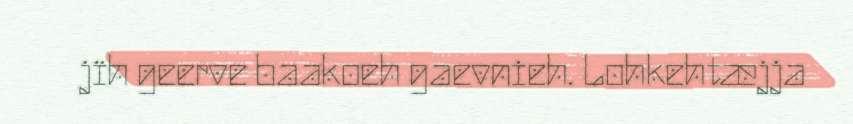
jïh geerve baakoeh gaevnieh. Lohkehtæjja